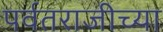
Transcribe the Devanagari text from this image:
पर्वतराजीच्या